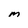
Character: M